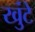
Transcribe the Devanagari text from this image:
खुंटे